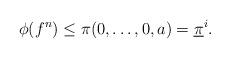
LaTeX: \begin{align*}\phi(f^n)\leq \pi(0,\dots,0,a)=\underline{\pi}^i.\end{align*}